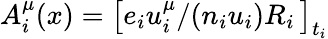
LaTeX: A_{i}^{\mu}(x)=\left[e_{i}u_{i}^{\mu}/(n_{i}u_{i})R_{i}\, \right]_{t_{i}}